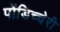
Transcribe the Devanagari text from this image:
पोंडिच्चेरी